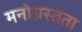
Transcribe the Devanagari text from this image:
मनोग्रस्तता